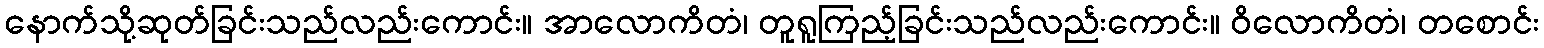
နောက်သို့ဆုတ်ခြင်းသည်လည်းကောင်း။ အာလောကိတံ၊ တူရူကြည့်ခြင်းသည်လည်းကောင်း။ ဝိလောကိတံ၊ တစောင်း